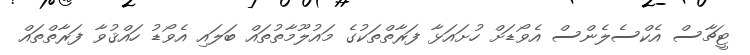
ޓީޗާސް އެކްސެލެންސް އެވޯޑަށް ހުށައަޅާ ފަރާތްތަކުގެ މައުލޫމާތުތައް ބަލައި އެވޯޑު ހައްޤުވާ ފަރާތްތައް